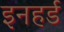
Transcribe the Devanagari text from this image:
इनहर्ड